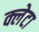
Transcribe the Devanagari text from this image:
क्लेटा